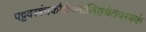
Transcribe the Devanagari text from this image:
पट्टवस्त्रंचकौशेयंमांजिष्ठंश्वेतवस्त्रकं